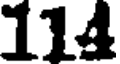
114